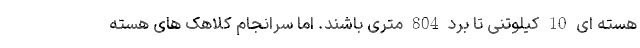
هسته ای 10 کیلوتنی تا برد 804 متری باشند. اما سرانجام کلاهک های هسته